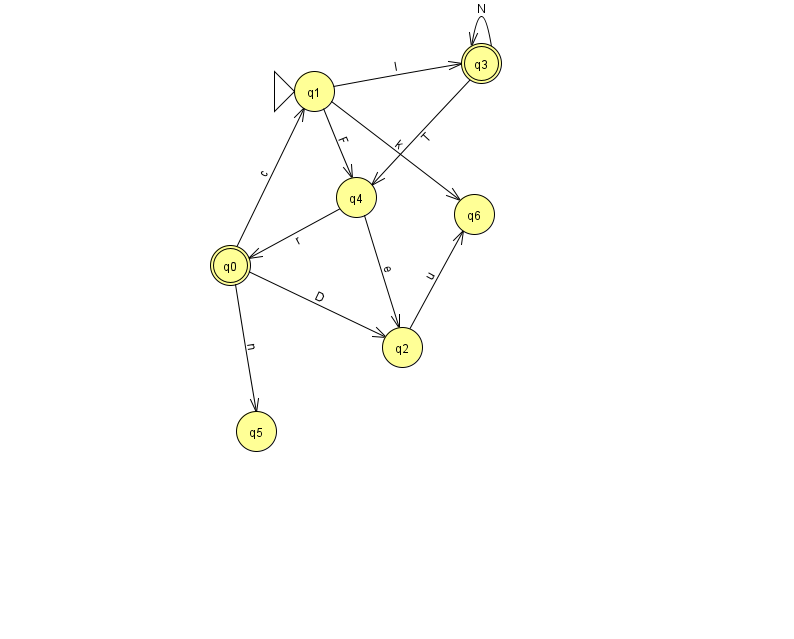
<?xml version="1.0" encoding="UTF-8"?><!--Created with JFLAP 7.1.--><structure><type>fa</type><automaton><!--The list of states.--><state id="0" name="q0"><x>230.0</x><y>252.0</y><final/></state><state id="1" name="q1"><x>314.0</x><y>78.0</y><initial/></state><state id="2" name="q2"><x>402.0</x><y>334.0</y></state><state id="3" name="q3"><x>481.0</x><y>50.0</y><final/></state><state id="4" name="q4"><x>356.0</x><y>184.0</y></state><state id="5" name="q5"><x>256.0</x><y>418.0</y></state><state id="6" name="q6"><x>474.0</x><y>201.0</y></state><!--The list of transitions.--><transition><from>1</from><to>6</to><read>k</read></transition><transition><from>0</from><to>2</to><read>D</read></transition><transition><from>0</from><to>1</to><read>c</read></transition><transition><from>0</from><to>5</to><read>n</read></transition><transition><from>1</from><to>3</to><read>I</read></transition><transition><from>2</from><to>6</to><read>u</read></transition><transition><from>3</from><to>4</to><read>T</read></transition><transition><from>3</from><to>3</to><read>N</read></transition><transition><from>4</from><to>0</to><read>r</read></transition><transition><from>4</from><to>2</to><read>e</read></transition><transition><from>1</from><to>4</to><read>F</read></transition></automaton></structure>